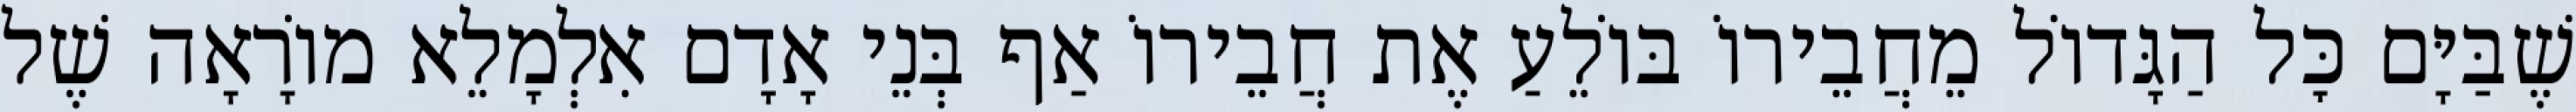
שֶׁבַּיָּם כׇּל הַגָּדוֹל מֵחֲבֵירוֹ בּוֹלֵעַ אֶת חֲבֵירוֹ אַף בְּנֵי אָדָם אִלְמָלֵא מוֹרָאָה שֶׁל